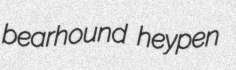
bearhound heypen